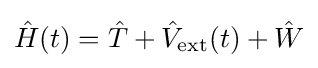
{\hat {H}}(t)={\hat {T}}+{\hat {V}}_{\mathrm {ext} }(t)+{\hat {W}}